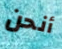
أنحن